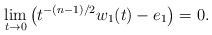
LaTeX: \begin{align*}\lim_{t\rightarrow 0}\left(t^{-(n-1)/2}w_1(t)-e_1\right)=0.\end{align*}